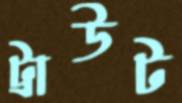
ট্রাউট